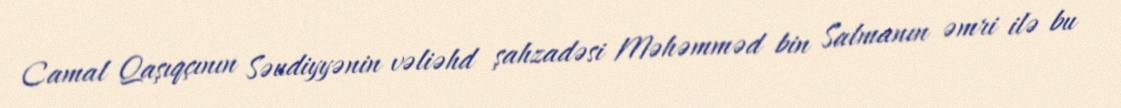
Camal Qaşıqçının Səudiyyənin vəliəhd şahzadəsi Məhəmməd bin Salmanın əmri ilə bu